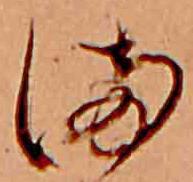
ま